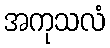
အကုသလံ